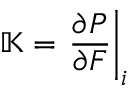
\mathbb { K } = \left. \frac { \partial \boldsymbol { P } } { \partial \boldsymbol { F } } \right| _ { i }